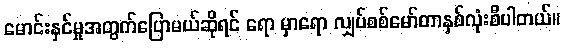
မောင်းနှင်မှုအတွက်ပြောမယ်ဆိုရင် ရော မှာရော လျှပ်စစ်မော်တာနှစ်လုံးစီပါတယ်။